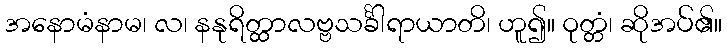
အနောမံနာမ၊ လ၊ နနုရိတ္ထာလဗ္ဗသင်္ခါရာယာတိ၊ ဟူ၍။ ဝုတ္တံ၊ ဆိုအပ်၏။